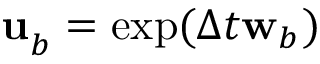
\mathbf { u } _ { b _ { } } ^ { } = \exp ( \Delta t { } \mathbf { w } _ { b _ { } } )